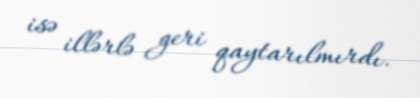
isə illərlə geri qaytarılmırdı.